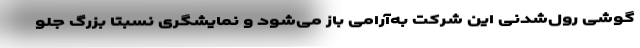
گوشی رول‌شدنی این شرکت به‌آرامی باز می‌شود و نمایشگری نسبتا بزرگ جلو